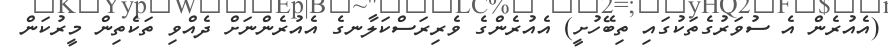
(އެއުރެން އެ ސުވަރުގެތަކުގައި ތިބޭހުށީ) އެއުރެންގެ ވެރިރަސްކަލާނގެ އެއުރެންނަށް ދެއްވި ތަކެތިން މީރުކަން